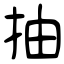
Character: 抽